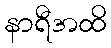
နာရီအထိ